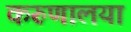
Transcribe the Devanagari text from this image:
करुणालया